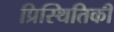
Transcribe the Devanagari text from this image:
प्रिस्थितिकी